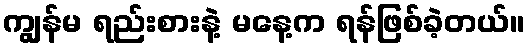
ကျွန်မ ရည်းစားနဲ့ မနေ့က ရန်ဖြစ်ခဲ့တယ်။